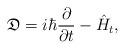
LaTeX: \begin{align*}\mathfrak{D}=i\hbar\frac{\partial}{\partial t}-\hat{H}_t,\end{align*}